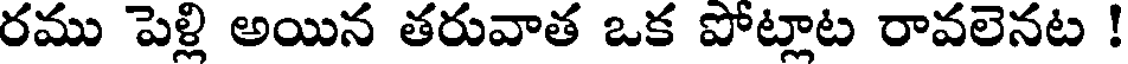
రము పెళ్లి అయిన తరువాత ఒక పోట్లాట రావలెనట !